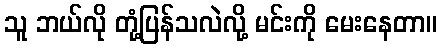
သူ ဘယ်လို တုံ့ပြန်သလဲလို့ မင်းကို မေးနေတာ။